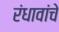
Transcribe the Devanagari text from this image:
रंधावांचे